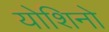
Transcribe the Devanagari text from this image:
योशिनो